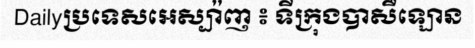
Dailyប្រទេសអេស្ប៉ាញ ៖ ទីក្រុងបាសឺឡោន